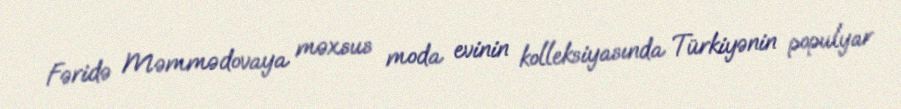
Fəridə Məmmədovaya məxsus moda evinin kolleksiyasında Türkiyənin populyar